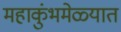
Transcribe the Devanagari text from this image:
महाकुंभमेळ्यात